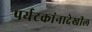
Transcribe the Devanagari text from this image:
पर्यटकांनादेखील